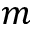
m